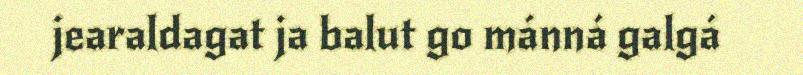
jearaldagat ja balut go mánná galgá